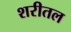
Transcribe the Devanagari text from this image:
शरीतल